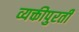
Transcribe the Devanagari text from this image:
व्यक्तीपुरती